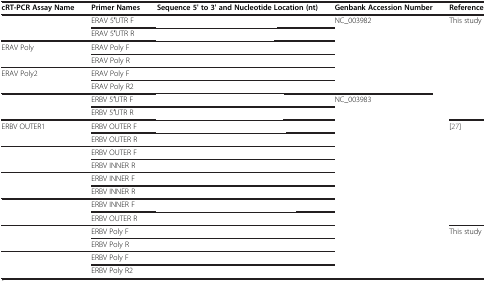
<table><thead><tr><td><b>cRT-PCR Assay Name</b></td><td><b>Primer Names</b></td><td><b>Sequence 5' to 3' and Nucleotide Location (nt)</b></td><td><b>Genbank Accession Number</b></td><td><b>Reference</b></td></tr></thead><tbody><tr><td>[EMPTY_CELL]</td><td>ERAV 5′UTR F</td><td>[EMPTY_CELL]</td><td>NC_003982</td><td>This study</td></tr><tr><td>[EMPTY_CELL]</td><td>ERAV 5′UTR R</td><td>[EMPTY_CELL]</td><td>[EMPTY_CELL]</td><td>[EMPTY_CELL]</td></tr><tr><td>ERAV Poly</td><td>ERAV Poly F</td><td>[EMPTY_CELL]</td><td>[EMPTY_CELL]</td><td>[EMPTY_CELL]</td></tr><tr><td>[EMPTY_CELL]</td><td>ERAV Poly R</td><td>[EMPTY_CELL]</td><td>[EMPTY_CELL]</td><td>[EMPTY_CELL]</td></tr><tr><td>ERAV Poly2</td><td>ERAV Poly F</td><td>[EMPTY_CELL]</td><td>[EMPTY_CELL]</td><td>[EMPTY_CELL]</td></tr><tr><td>[EMPTY_CELL]</td><td>ERAV Poly R2</td><td>[EMPTY_CELL]</td><td>[EMPTY_CELL]</td><td>[EMPTY_CELL]</td></tr><tr><td>[EMPTY_CELL]</td><td>ERBV 5′UTR F</td><td>[EMPTY_CELL]</td><td>NC_003983</td><td>[EMPTY_CELL]</td></tr><tr><td>[EMPTY_CELL]</td><td>ERBV 5′UTR R</td><td>[EMPTY_CELL]</td><td>[EMPTY_CELL]</td><td>[EMPTY_CELL]</td></tr><tr><td>ERBV OUTER1</td><td>ERBV OUTER F</td><td>[EMPTY_CELL]</td><td>[EMPTY_CELL]</td><td>[27]</td></tr><tr><td>[EMPTY_CELL]</td><td>ERBV OUTER R</td><td>[EMPTY_CELL]</td><td>[EMPTY_CELL]</td><td>[EMPTY_CELL]</td></tr><tr><td>[EMPTY_CELL]</td><td>ERBV OUTER F</td><td>[EMPTY_CELL]</td><td>[EMPTY_CELL]</td><td>[EMPTY_CELL]</td></tr><tr><td>[EMPTY_CELL]</td><td>ERBV INNER R</td><td>[EMPTY_CELL]</td><td>[EMPTY_CELL]</td><td>[EMPTY_CELL]</td></tr><tr><td>[EMPTY_CELL]</td><td>ERBV INNER F</td><td>[EMPTY_CELL]</td><td>[EMPTY_CELL]</td><td>[EMPTY_CELL]</td></tr><tr><td>[EMPTY_CELL]</td><td>ERBV INNER R</td><td>[EMPTY_CELL]</td><td>[EMPTY_CELL]</td><td>[EMPTY_CELL]</td></tr><tr><td>[EMPTY_CELL]</td><td>ERBV INNER F</td><td>[EMPTY_CELL]</td><td>[EMPTY_CELL]</td><td>[EMPTY_CELL]</td></tr><tr><td>[EMPTY_CELL]</td><td>ERBV OUTER R</td><td>[EMPTY_CELL]</td><td>[EMPTY_CELL]</td><td>[EMPTY_CELL]</td></tr><tr><td>[EMPTY_CELL]</td><td>ERBV Poly F</td><td>[EMPTY_CELL]</td><td>[EMPTY_CELL]</td><td>This study</td></tr><tr><td>[EMPTY_CELL]</td><td>ERBV Poly R</td><td>[EMPTY_CELL]</td><td>[EMPTY_CELL]</td><td>[EMPTY_CELL]</td></tr><tr><td>[EMPTY_CELL]</td><td>ERBV Poly F</td><td>[EMPTY_CELL]</td><td>[EMPTY_CELL]</td><td>[EMPTY_CELL]</td></tr><tr><td>[EMPTY_CELL]</td><td>ERBV Poly R2</td><td>[EMPTY_CELL]</td><td>[EMPTY_CELL]</td><td>[EMPTY_CELL]</td></tr></tbody></table>